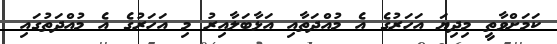
ކަމަށްވާތީ މިދިޔަ އަހަރުގެ އެ މުއްދަތާއި އަޅާބަލާއިރު މި އަހަރުގެ އެ މުއްދަތުގައި